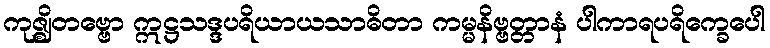
ကုဇ္ဈိတဗ္ဗော ဣဋ္ဌသဒ္ဒပရိယာယသာဓိတာ ကမ္မနိဗ္ဗတ္တာနံ ပါကာရပရိက္ခေပေါ